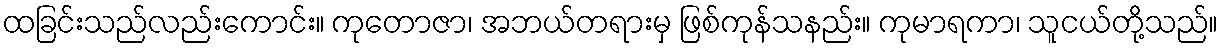
ထခြင်းသည်လည်းကောင်း။ ကုတောဇာ၊ အဘယ်တရားမှ ဖြစ်ကုန်သနည်း။ ကုမာရကာ၊ သူငယ်တို့သည်။